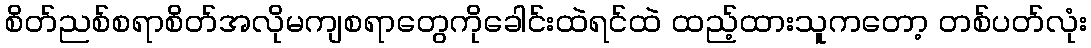
စိတ်ညစ်စရာစိတ်အလိုမကျစရာတွေကိုခေါင်းထဲရင်ထဲ ထည့်ထားသူကတော့ တစ်ပတ်လုံး